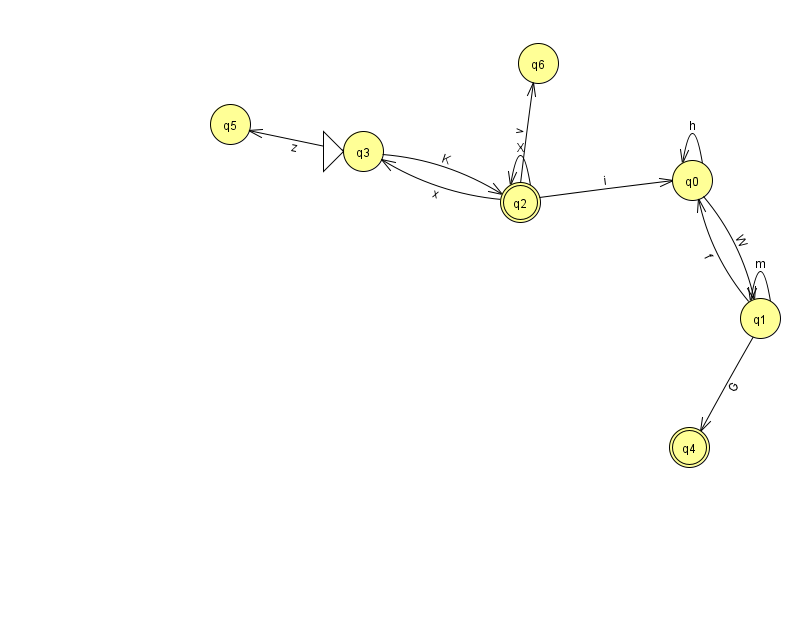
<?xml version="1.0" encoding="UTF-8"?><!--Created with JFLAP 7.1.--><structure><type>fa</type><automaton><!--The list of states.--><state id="0" name="q0"><x>692.0</x><y>167.0</y></state><state id="1" name="q1"><x>760.0</x><y>305.0</y></state><state id="2" name="q2"><x>520.0</x><y>189.0</y><final/></state><state id="3" name="q3"><x>363.0</x><y>138.0</y><initial/></state><state id="4" name="q4"><x>689.0</x><y>434.0</y><final/></state><state id="5" name="q5"><x>230.0</x><y>111.0</y></state><state id="6" name="q6"><x>538.0</x><y>50.0</y></state><!--The list of transitions.--><transition><from>2</from><to>6</to><read>v</read></transition><transition><from>3</from><to>5</to><read>z</read></transition><transition><from>3</from><to>2</to><read>K</read></transition><transition><from>2</from><to>3</to><read>x</read></transition><transition><from>0</from><to>0</to><read>h</read></transition><transition><from>2</from><to>2</to><read>X</read></transition><transition><from>1</from><to>0</to><read>f</read></transition><transition><from>0</from><to>1</to><read>W</read></transition><transition><from>1</from><to>1</to><read>m</read></transition><transition><from>2</from><to>0</to><read>i</read></transition><transition><from>1</from><to>4</to><read>G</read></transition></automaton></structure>